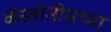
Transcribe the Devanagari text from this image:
व्हेस्तोनीसच्या